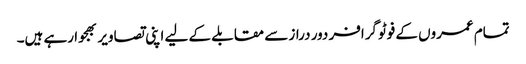
تمام عمروں کے فوٹوگرافر دور دراز سے مقابلے کے لیے اپنی تصاویر بھجوا رہے ہیں۔